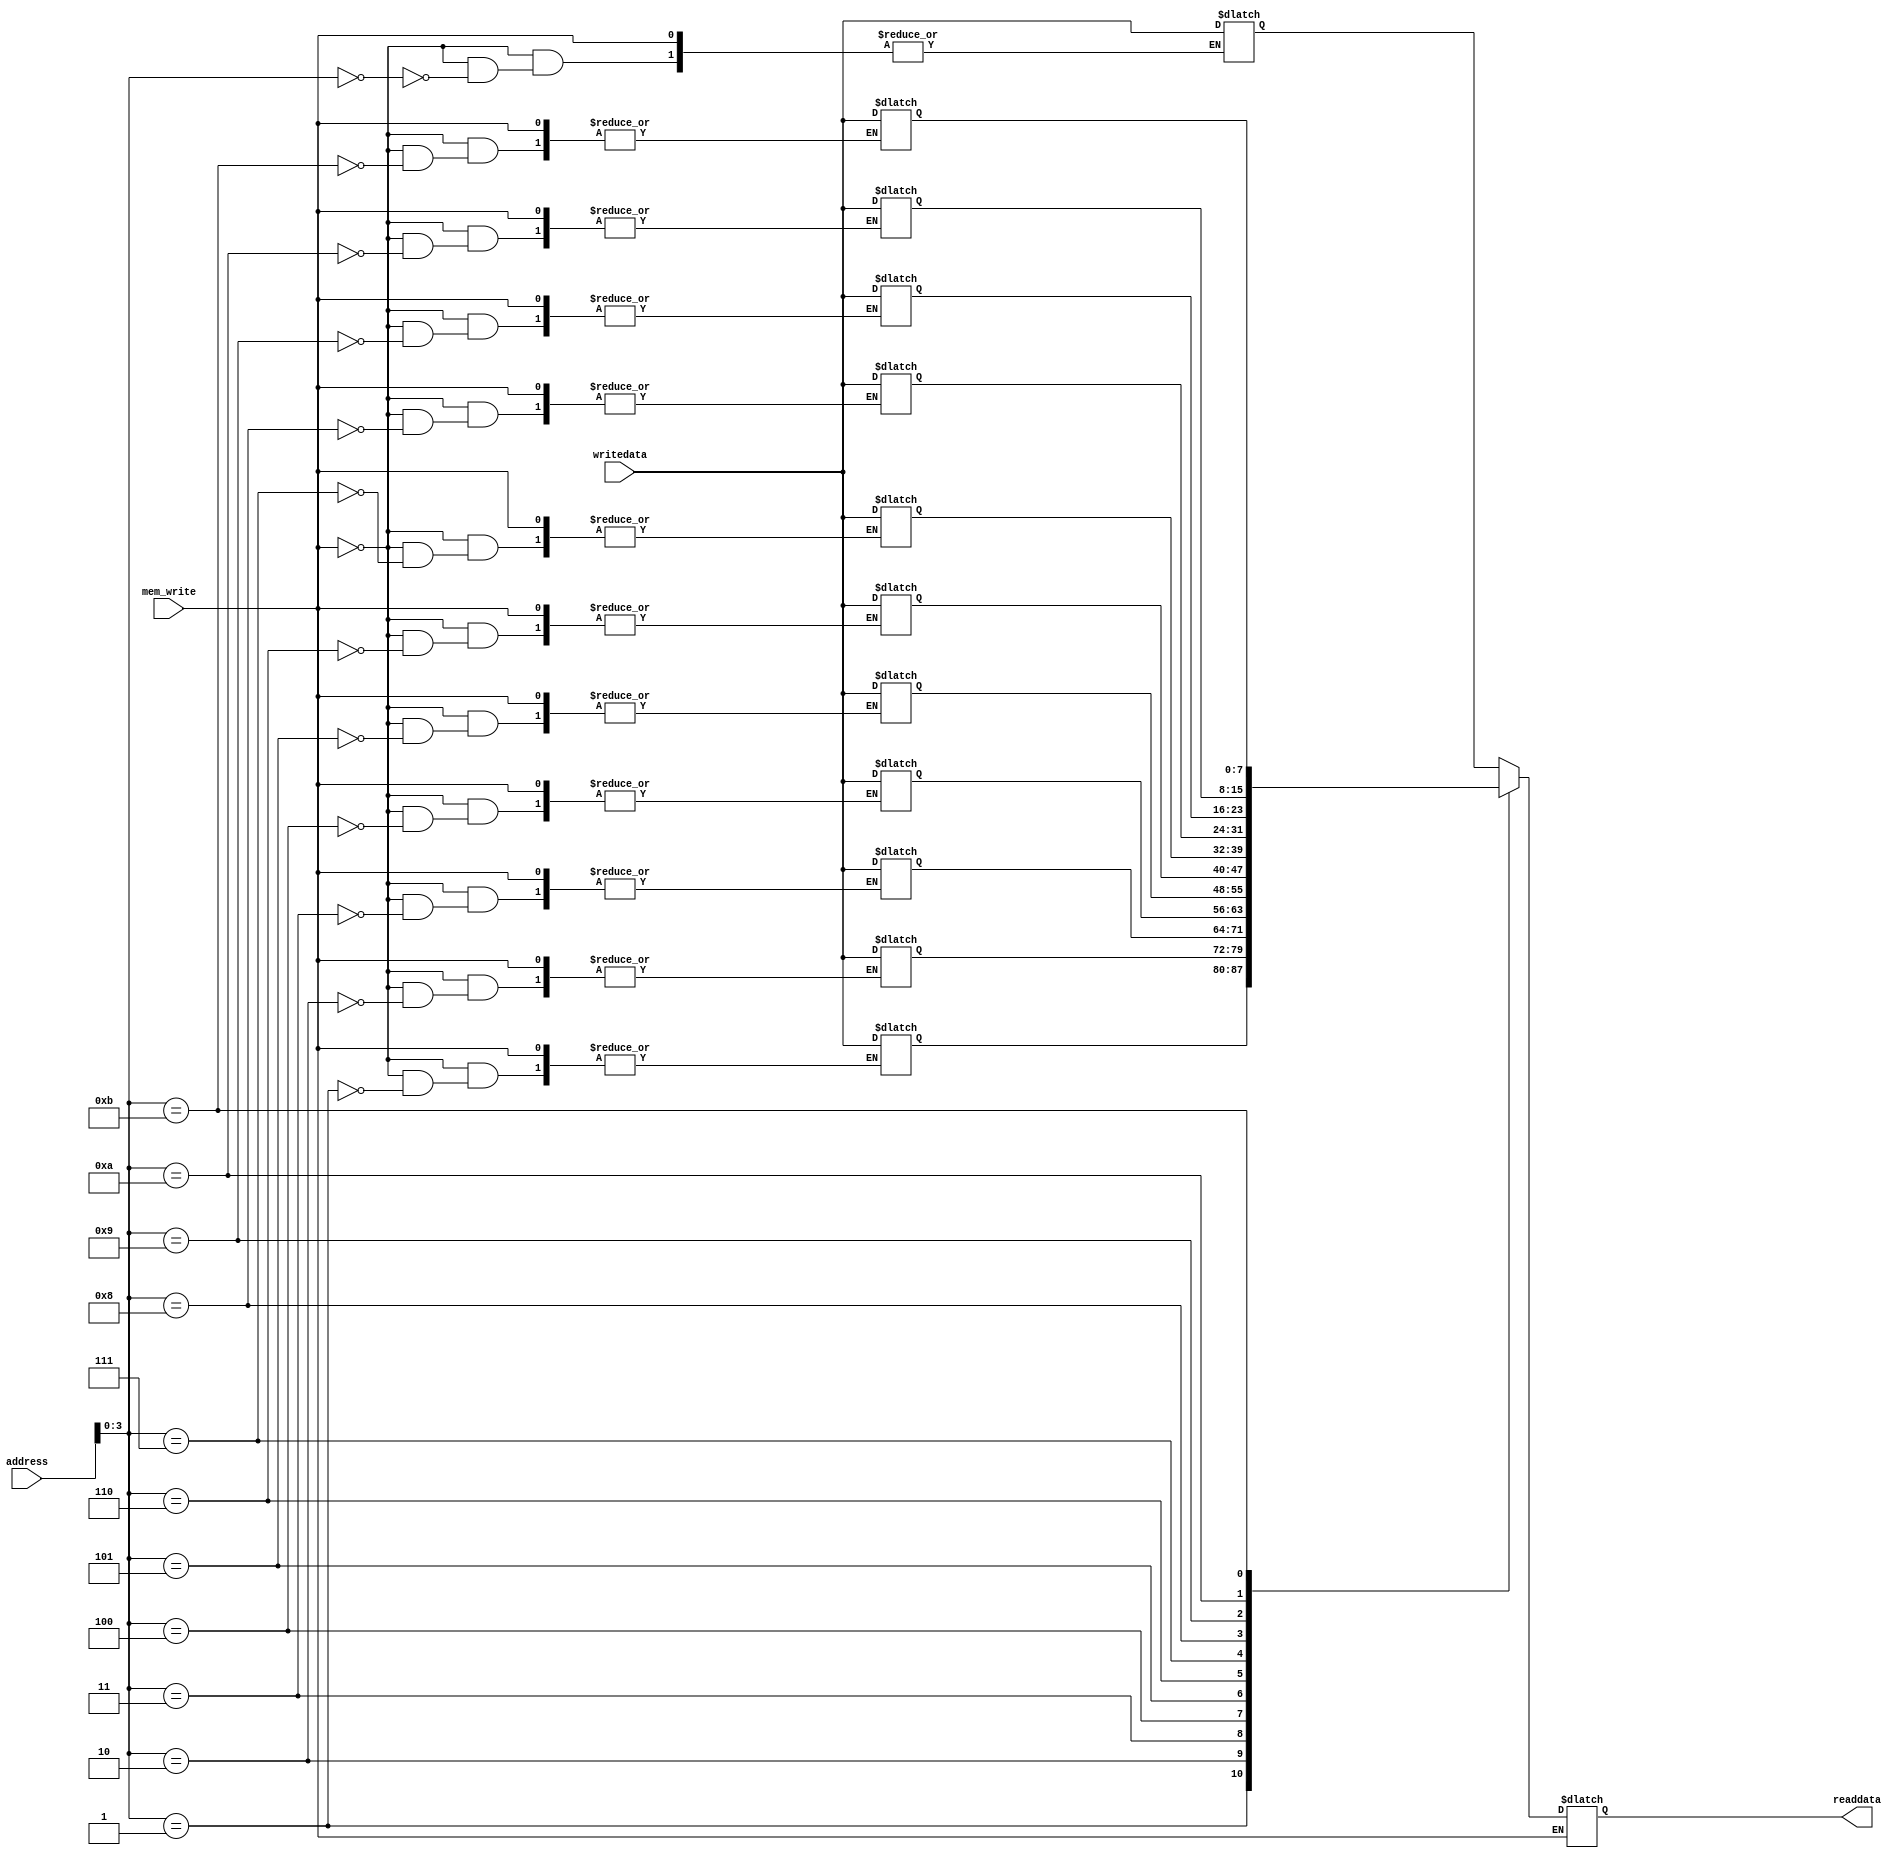
`timescale 1ns / 1ps
//////////////////////////////////////////////////////////////////////////////////


module Data_Memory(readdata , address, writedata , mem_write); 
input [7:0] address , writedata ; 
input mem_write;    //not(mem_write) is memread;
output [7:0] readdata; 
reg [7:0] readdata;
reg [7:0] DM_array [0:11]; 
integer i;
initial begin
for(i=0;i<12;i=i+1)
  DM_array[i]=i;
end

always@(mem_write or address)
begin
 if(mem_write==1'b1) 
readdata=DM_array[address];
else 
 DM_array[address]=writedata;
 end
endmodule